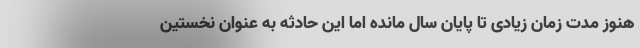
هنوز مدت زمان زیادی تا پایان سال مانده اما این حادثه به عنوان نخستین